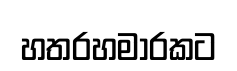
හතරහමාරකට